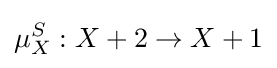
\mu _{X}^{S}:X+2\to X+1